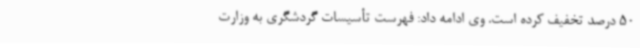
50 درصد تخفیف کرده است. وی ادامه داد: فهرست تأسیسات گردشگری به وزارت